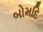
બોમદિ